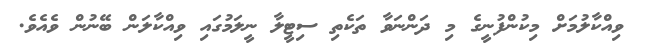
ވިއްކާލުމަށް މިކުންފުނީގެ މި ދަންނަވާ ތަކެތި ސިޓީލާ ނީލަމުގައި ވިއްކާލަން ބޭނުން ވެއެވެ.